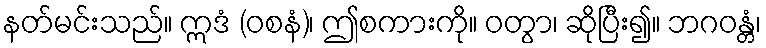
နတ်မင်းသည်။ ဣဒံ (ဝစနံ)၊ ဤစကားကို။ ဝတွာ၊ ဆိုပြီး၍။ ဘဂဝန္တံ၊